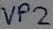
Text: VP2